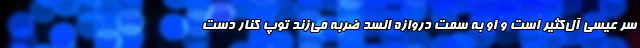
سر عیسی آل‌کثیر است و او به سمت دروازه السد ضربه می‌زند توپ کنار دست